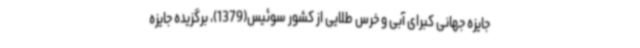
جایزه جهانی کبرای آبی و خرس طلایی از کشور سوئیس(1379)، برگزیده جایزه